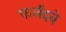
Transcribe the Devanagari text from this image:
फर्जंदने